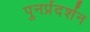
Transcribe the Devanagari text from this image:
पुनर्प्रदर्शन